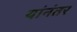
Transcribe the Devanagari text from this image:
यांनंतर